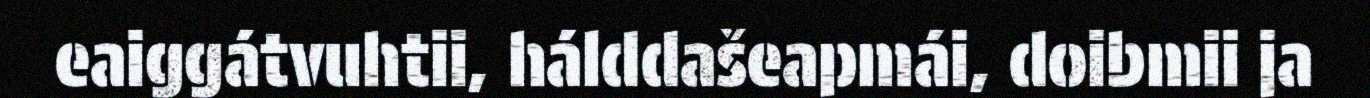
eaiggátvuhtii, hálddašeapmái, doibmii ja